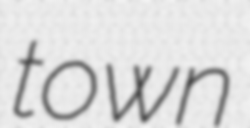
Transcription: town